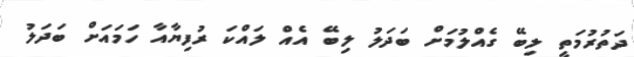
ދަތުރުމަތީ ލިބޭ ގެއްލުމަށް ބަދަލު ލިބޭ އެއް ލައްކަ ރުފިޔާއާ ހަމައަށް ބަދަލު